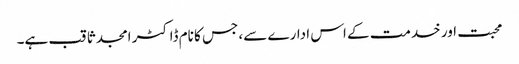
محبت اور خدمت کے اس ادارے سے، جس کا نام ڈاکٹر امجد ثاقب ہے۔